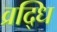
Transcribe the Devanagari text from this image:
व्रद्धि